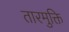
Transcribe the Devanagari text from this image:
तारमुक्ति